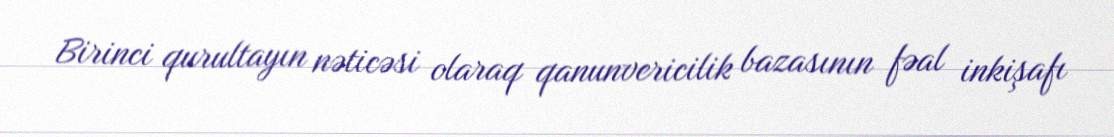
Birinci qurultayın nəticəsi olaraq qanunvericilik bazasının fəal inkişafı